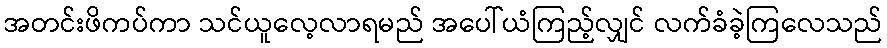
အတင်းဖိကပ်ကာ သင်ယူလေ့လာရမည် အပေါ်ယံကြည့်လျှင် လက်ခံခဲ့ကြလေသည်